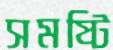
সমষ্টি